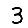
Digit: 3